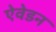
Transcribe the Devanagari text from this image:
ऐवेडन